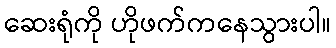
ဆေးရုံကို ဟိုဖက်ကနေသွားပါ။